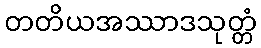
တတိယအဿာဒသုတ္တံ